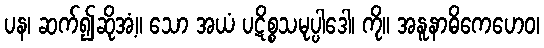
ပန၊ ဆက်၍ဆိုအံ့။ သော အယံ ပဋိစ္စသမုပ္ပါဒေါ၊ ကို။ အနူနာဓိကေဟေဝ၊